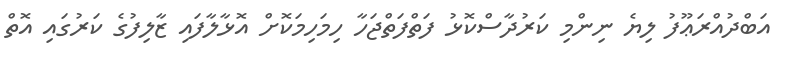
އަބްދުއްރަޢޫފު ލިޔެ ނިންމި ކަރުދާސްކޮޅު ފަތްފަތްޖަހާ ހިމަހިމަކޮށް އޮޅާލާފައި ޒާލިފުގެ ކަރުގައި އޮތް